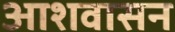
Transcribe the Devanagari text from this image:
आशवासन